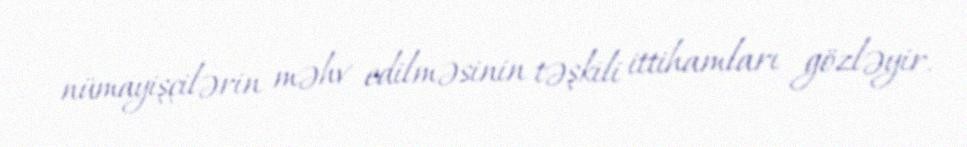
nümayişçilərin məhv edilməsinin təşkili ittihamları gözləyir.